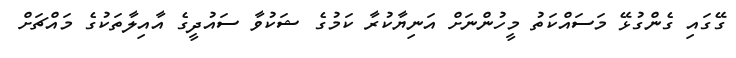
ގޭގައި ގެންގުޅޭ މަސައްކަތު މީހުންނަށް އަނިޔާކުރާ ކަމުގެ ޝަކުވާ ސައުދީގެ އާއިލާތަކުގެ މައްޗަށް